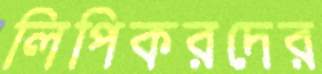
লিপিকরদের